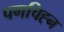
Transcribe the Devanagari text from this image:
पगचिह्न